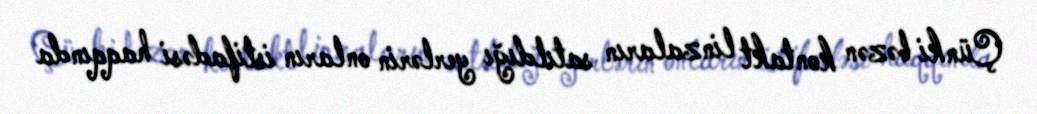
Çünki bəzən kontakt linzaların satıldığı yerlərin onların istifadəsi haqqında